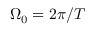
\Omega _ { 0 } = 2 \pi / T